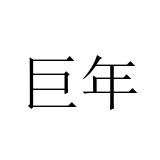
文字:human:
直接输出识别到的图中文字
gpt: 巨年